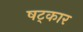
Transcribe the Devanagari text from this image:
षट्‌कार